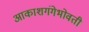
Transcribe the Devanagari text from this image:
आकाशगंगेभोवती